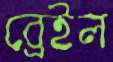
ব্রেইল